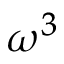
\omega ^ { 3 }